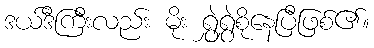
ဒယ်ဒီကြီးလည်း မိုး ရွှဲရွှဲစိုနေပြီဖြစ်၏။